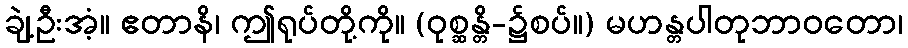
ချဲ့ဦးအံ့။ ဧတာနိ၊ ဤရုပ်တို့ကို။ (ဝုစ္ဆန္တိ-၌စပ်။) မဟန္တပါတုဘာဝတော၊